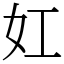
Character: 妅